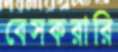
বেসকরারি